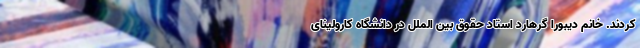
کردند. خانم دیبورا گرهارد استاد حقوق بین الملل در دانشگاه کارولینای